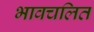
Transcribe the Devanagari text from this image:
भावचलित